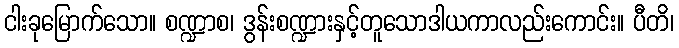
ငါးခုမြောက်သော။ စဏ္ဍာစ၊ ဒွန်းစဏ္ဍားနှင့်တူသောဒါယကာလည်းကောင်း။ ပီတိ၊